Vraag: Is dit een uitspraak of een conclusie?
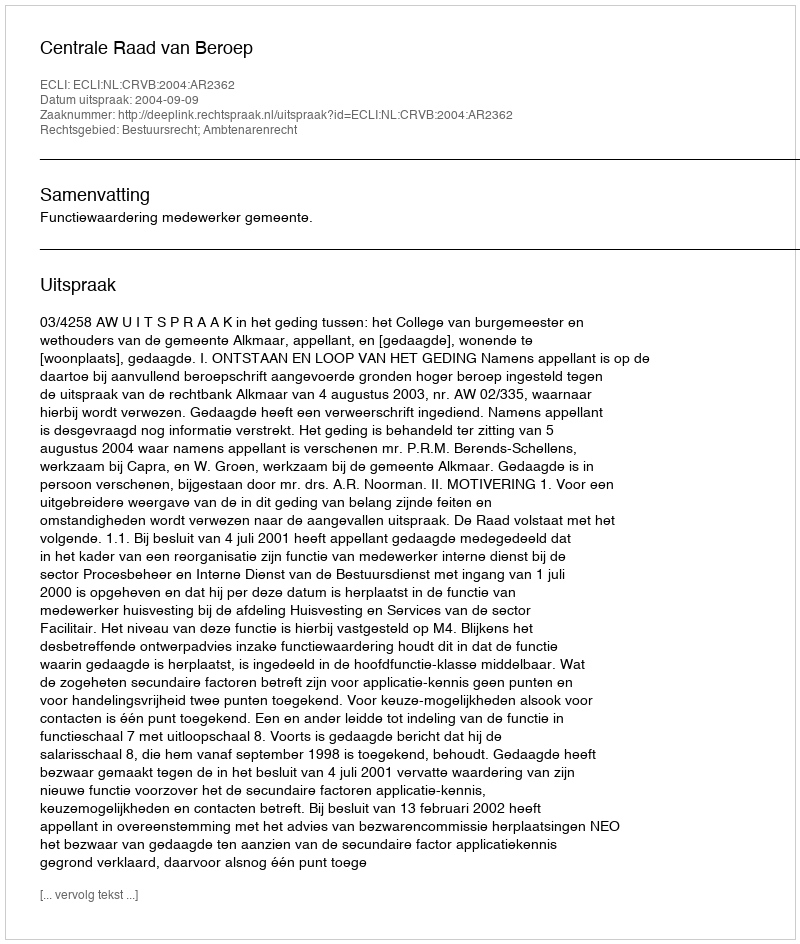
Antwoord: Uitspraak